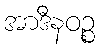
အာဒီနဝဉ္စ